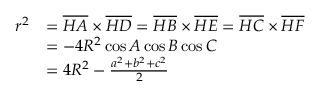
{ \begin{array} { r l } { r ^ { 2 } } & { = { \overline { { H A } } } \times { \overline { { H D } } } = { \overline { { H B } } } \times { \overline { { H E } } } = { \overline { { H C } } } \times { \overline { { H F } } } } \\ & { = - 4 R ^ { 2 } \cos A \cos B \cos C } \\ & { = 4 R ^ { 2 } - { \frac { a ^ { 2 } + b ^ { 2 } + c ^ { 2 } } { 2 } } } \end{array} }